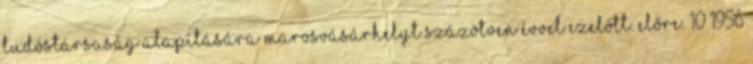
tudóstársaság alapítására Marosvásárhelyt százötven évvel ezelőtt. Előre. 10 1956